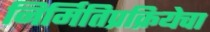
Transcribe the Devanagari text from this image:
निर्मितिप्रक्रियेचा